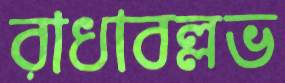
রাধাবল্লভ